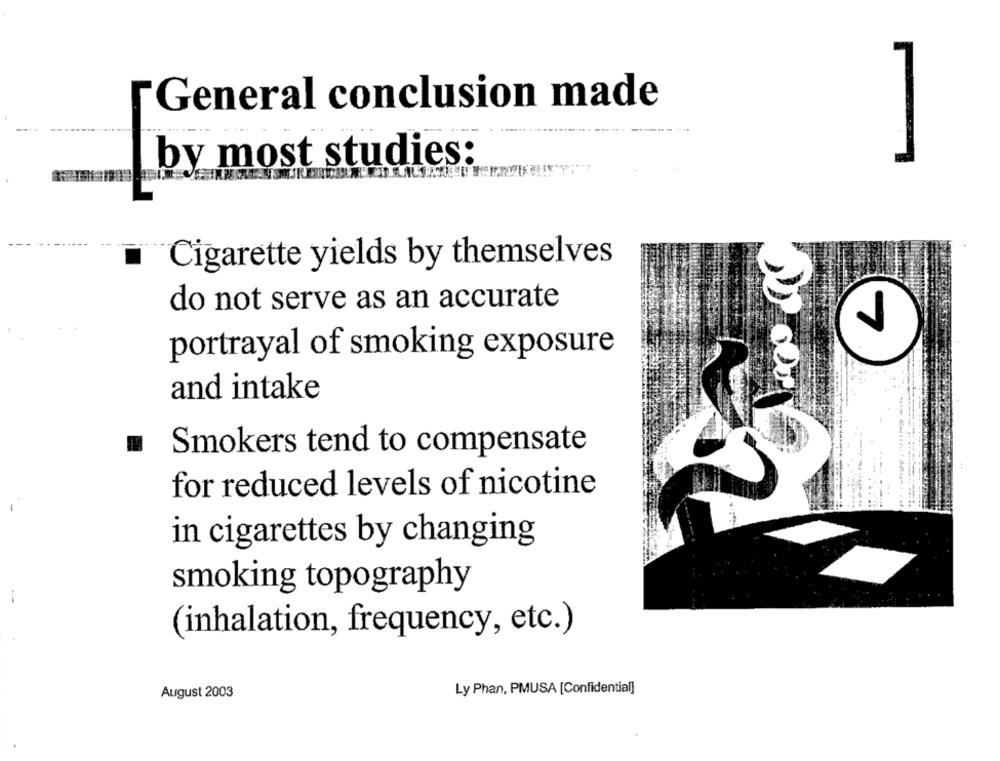
'General conclusion made
by most studies:
Cigarette yields by themselves
do not serve as an accurate
J
portrayal of smoking exposure
and intake
Smokers tend to compensate
for reduced levels of nicotine
in cigarettes by changing
smoking topography
(inhalation, frequency, etc.)
Ly Phan, PMUSA [Confidential]
August 2003